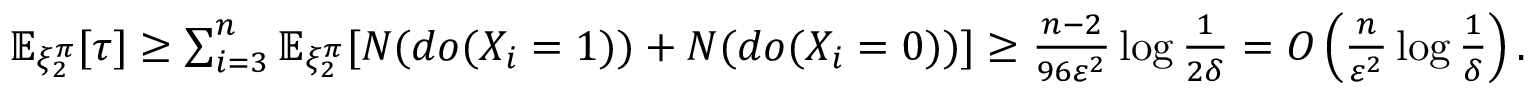
\begin{array} { r } { \mathbb { E } _ { \xi _ { 2 } ^ { \pi } } [ \tau ] \ge \sum _ { i = 3 } ^ { n } \mathbb { E } _ { \xi _ { 2 } ^ { \pi } } [ N ( d o ( X _ { i } = 1 ) ) + N ( d o ( X _ { i } = 0 ) ) ] \ge \frac { n - 2 } { 9 6 \varepsilon ^ { 2 } } \log \frac { 1 } { 2 \delta } = O \left( \frac { n } { \varepsilon ^ { 2 } } \log \frac { 1 } { \delta } \right) . } \end{array}